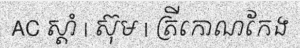
AC ស្តាំ | ស៊ុម | ត្រីកោណកែង